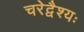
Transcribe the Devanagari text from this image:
चरेद्वैश्यः